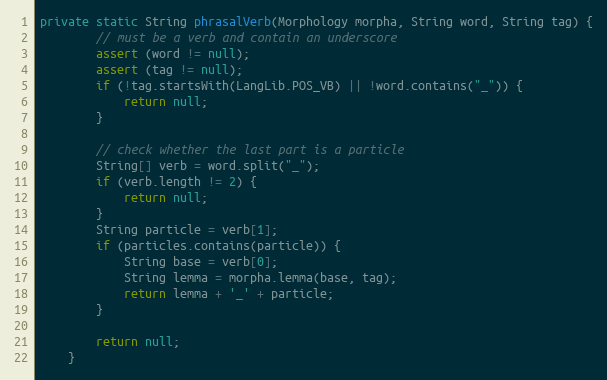
Language: Java
private static String phrasalVerb(Morphology morpha, String word, String tag) {
        // must be a verb and contain an underscore
        assert (word != null);
        assert (tag != null);
        if (!tag.startsWith(LangLib.POS_VB) || !word.contains("_")) {
            return null;
        }

        // check whether the last part is a particle
        String[] verb = word.split("_");
        if (verb.length != 2) {
            return null;
        }
        String particle = verb[1];
        if (particles.contains(particle)) {
            String base = verb[0];
            String lemma = morpha.lemma(base, tag);
            return lemma + '_' + particle;
        }

        return null;
    }